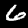
Digit: 6